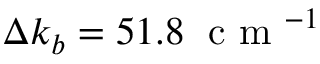
\Delta k _ { b } = 5 1 . 8 \; \textrm { c m } ^ { - 1 }